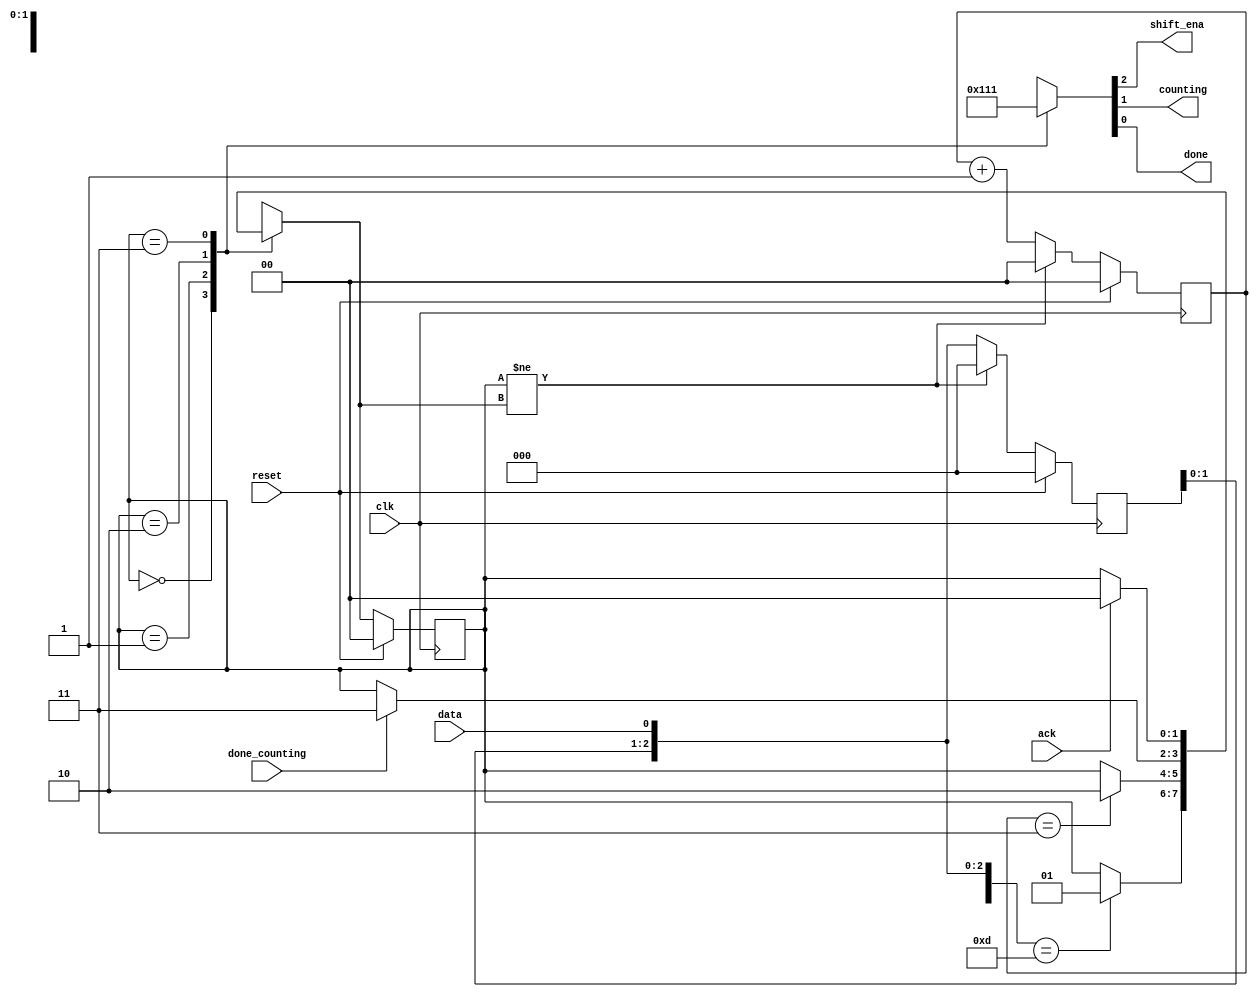
module top_module (
    input clk,
    input reset,      // Synchronous reset
    input data,
    output shift_ena,
    output counting,
    input done_counting,
    output done,
    input ack );
    
    parameter SEQ_LOOKOUT = 2'b00, IN_SHIFT = 2'b01, COUNTING = 2'b10, DONE = 2'b11;
    reg [1:0] current_state, next_state, count;
    reg [2:0] data_capture;
    
    always@ (*) begin
        case(current_state)
            SEQ_LOOKOUT: begin
                if({data_capture[2:0],data} == 4'b1101) begin
                    next_state = IN_SHIFT;
                end
                else begin
                    next_state = current_state;
                end
            end
            IN_SHIFT: begin
                if(count == 2'b11) begin
                    next_state = COUNTING;
                end
                else begin
                    next_state = current_state;
                end
            end
            COUNTING: begin
                if(done_counting == 1'b1) begin
                    next_state = DONE;
                end
                else begin
                    next_state = current_state;
                end
            end
            DONE: begin
                if(ack == 1'b1) begin
                    next_state = SEQ_LOOKOUT;
                end
                else begin
                    next_state = current_state;
                end
            end
            default: begin
                next_state = SEQ_LOOKOUT;
            end
        endcase
    end
    
    always@ (posedge clk) begin
        if(reset == 1'b1) begin
            current_state <= SEQ_LOOKOUT;
        end
        else begin
            current_state <= next_state;
        end
    end
    
    always@ (posedge clk) begin
        if(reset == 1'b1) begin
            data_capture <= 3'd0;
        end
        else if(current_state != next_state) begin
            data_capture <= 3'd0;
        end
        else begin
        data_capture <= {data_capture[1:0], data};
        end
    end
    
    always@ (posedge clk) begin
        if(reset == 1'b1) begin
            count <= 2'b00;
        end
        else if(current_state != next_state) begin
            count <= 2'b00;
        end
        else begin
            count <= count + 1'b1;
        end
    end
    
    always@ (*) begin
        case(current_state)
            SEQ_LOOKOUT: {shift_ena, counting, done} = 3'b000;
            IN_SHIFT: {shift_ena, counting, done} = 3'b100;
            COUNTING: {shift_ena, counting, done} = 3'b010;
            DONE: {shift_ena, counting, done} = 3'b001;
            default: {shift_ena, counting, done} = 3'b000;
        endcase
    end
    
endmodule